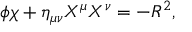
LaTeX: \phi \chi + \eta _ { \mu \nu } X ^ { \mu } X ^ { \nu } = - R ^ { 2 } ,